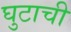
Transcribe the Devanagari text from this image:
घुटाची